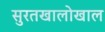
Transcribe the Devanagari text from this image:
सुरतखालोखाल